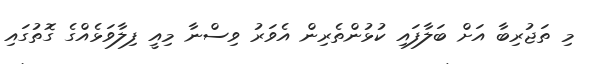
މި ތަޖުރިބާ އަށް ބަލާފައި ކުޅުންތެރިން އެވަރު ވިސްނާ މިއީ ފިލާވަޅެއްގެ ގޮތުގައި